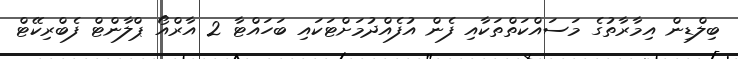
ބިލްޑިން އިމާރާތުގެ މަސައްކަތްތަކާއި ފެން އުފެއްދުމަށްޓަކައި ބަހައްޓާ 2 އާރްއޯ ޕްލާންޓް ފެބްރިކޭޓް